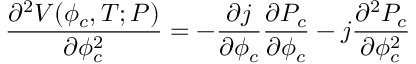
{ \frac { \partial ^ { 2 } V ( \phi _ { c } , T ; P ) } { \partial \phi _ { c } ^ { 2 } } } = - { \frac { \partial j } { \partial \phi _ { c } } } { \frac { \partial P _ { c } } { \partial \phi _ { c } } } - j { \frac { \partial ^ { 2 } P _ { c } } { \partial \phi _ { c } ^ { 2 } } }